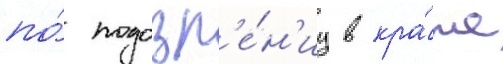
по́ подозр'е́н'иу в кра́же